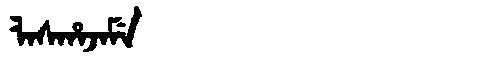
Manchu: ᠯᠠᠰᡥᠠᠵᠠᠮᡝ
Romanization: LASHAJAME